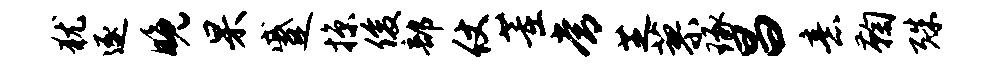
犹逐晚杲蹙掠俊部仗董常芝蓼琢昌意鞠殊